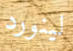
لينورد